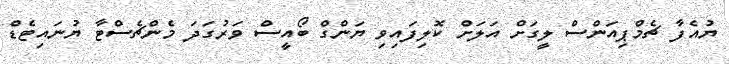
ޔުއެފާ ޗެމްޕިއަންސް ލީގަށް އަލަށް ކޮލިފައިވި ޔަންގް ބޯއީސް ވަރުގަދަ މެންޗެސްޓާ ޔުނައިޓެޑް